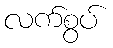
လက်စွပ်